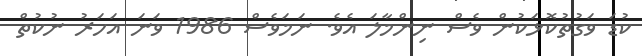
ކުޑަ ވަގުތުކޮޅަކުން ވެސް ނިންމާލަ އެވެ. ނަމަވެސް 1986 ވަނަ އަހަރު ނުކުތް